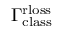
\Gamma _ { \mathrm { c l a s s } } ^ { \mathrm { r l o s s } }